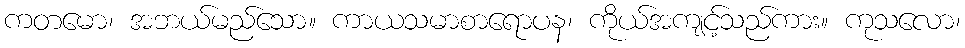
ကတမော၊ အဘယ်မည်သော။ ကာယသမာစာရောပန၊ ကိုယ်အကျင့်သည်ကား။ ကုသလော၊